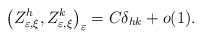
\begin{align*}\left( Z_{\varepsilon,\xi}^{h},Z_{\varepsilon,\xi}^{k}\right) _{\varepsilon}=C\delta_{hk}+o(1).\end{align*}